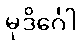
မုဒိင်္ဂေါ